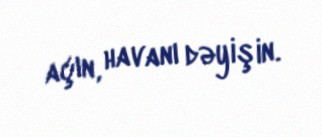
açın, havanı dəyişin.